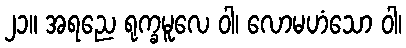
၂၁။ အရညေ ရုက္ခမူလေ ဝါ၊ လောမဟံသော ဝါ၊